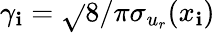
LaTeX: \gamma_{\mathbf{i}}=\sqrt{}{{8/\pi}}\sigma_{u_{r}}(x_{\mathbf{i}})